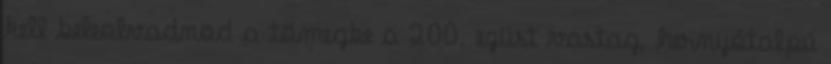
kell beleolvadnod a tömegbe a 200. ezüst vastag, hernyótalpú